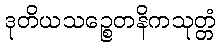
ဒုတိယသဉ္စေတနိကသုတ္တံ